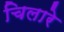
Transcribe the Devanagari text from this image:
चिलारे